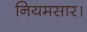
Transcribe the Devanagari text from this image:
नियमसार।